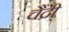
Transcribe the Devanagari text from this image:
चैंद्री